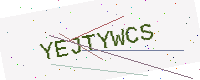
Text: YEJTYWCS